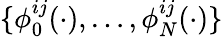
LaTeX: \{ \phi_{0}^{ij}(\cdot),\ldots,\phi_{N}^{ij}(\cdot)\}